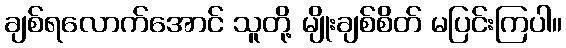
ချစ်ရလောက်အောင် သူတို့ မျိုးချစ်စိတ် မပြင်းကြပါ။